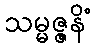
သမ္မဇ္ဇနိံ